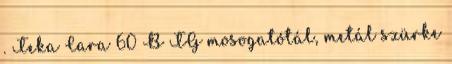
. Teka Cara 60 B TG mosogatótál, metál szürke